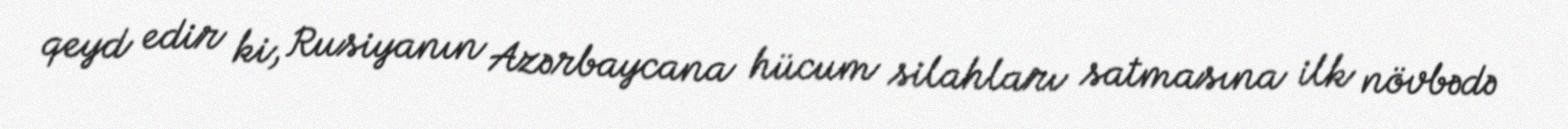
qeyd edir ki, Rusiyanın Azərbaycana hücum silahları satmasına ilk növbədə